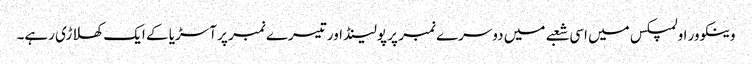
وینکوور اولمپکس میں اسی شعبے میں دوسرے نمبر پر پولینڈ اور تیسرے نمبر پر آسڑیا کے ایک کھلاڑی رہے۔